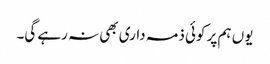
یوں ہم پر کوئی ذمہ داری بھی نہ رہے گی۔